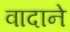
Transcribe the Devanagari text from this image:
वादाने